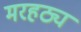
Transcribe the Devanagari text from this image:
मरहठ्य